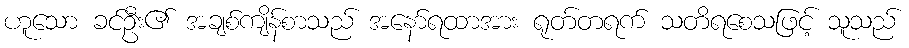
ဟူသော ခင်ဦး၏ အချစ်ကျိန်စာသည် အနော်ရထာအား ရုတ်တရက် သတိရစေသဖြင့် သူသည်